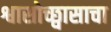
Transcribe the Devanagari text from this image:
श्वासोच्छ्वासाचा